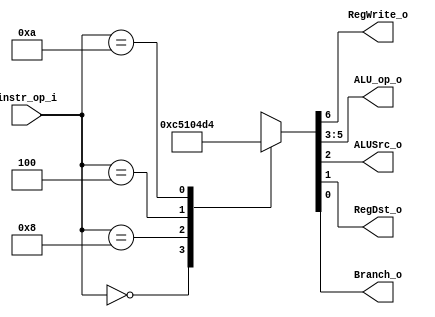
// 0516244 TAY CHUN KEAT ???
//Subject:     CO project 2 - Decoder
//--------------------------------------------------------------------------------
//Version:     1
//--------------------------------------------------------------------------------
//Writer:      
//----------------------------------------------
//Date:        
//----------------------------------------------
//Description: 
//--------------------------------------------------------------------------------

module Decoder(
    	instr_op_i,
	RegWrite_o,
	ALU_op_o,
	ALUSrc_o,
	RegDst_o,
	Branch_o
);
     
//I/O ports
input  [6-1:0] instr_op_i;

output         RegWrite_o;
output [3-1:0] ALU_op_o;
output         ALUSrc_o;
output         RegDst_o;
output         Branch_o;
 
//Internal Signals
reg    [3-1:0] ALU_op_o;
reg            ALUSrc_o;
reg            RegWrite_o;
reg            RegDst_o;
reg            Branch_o;

//Parameter


//Main function
always@(*) begin
    case (instr_op_i)
        // r-types: add, sub, and, or, slt
        6'b000000:
            {RegWrite_o, ALU_op_o, ALUSrc_o, RegDst_o, Branch_o} <= 7'b1100010;
        // addi (add imm)
        6'b001000:
            {RegWrite_o, ALU_op_o, ALUSrc_o, RegDst_o, Branch_o} <= 7'b1000100;
        // beq
        6'b000100:
            {RegWrite_o, ALU_op_o, ALUSrc_o, RegDst_o, Branch_o} <= 7'b0001001;
        // slti (set less than imm)
	6'b001010:
	    {RegWrite_o, ALU_op_o, ALUSrc_o, RegDst_o, Branch_o} <= 7'b1010100;
        default:
            {RegWrite_o, ALU_op_o, ALUSrc_o, RegDst_o, Branch_o} <= 7'bxxxxxxx;
    endcase
end
endmodule